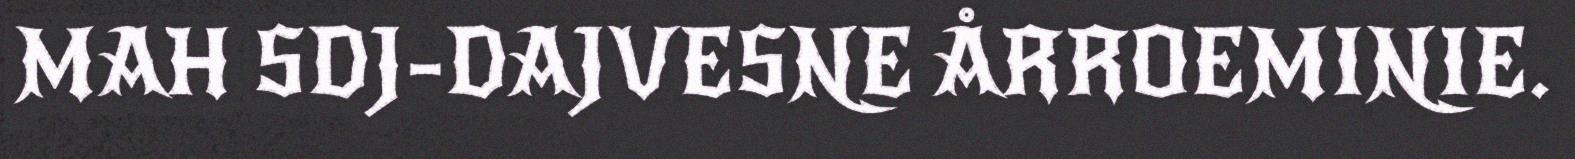
MAH SDJ-DAJVESNE ÅRROEMINIE.